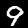
Digit: 9